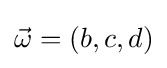
{\vec {\omega }}=(b,c,d)